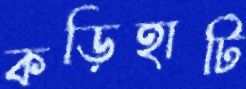
কড়িহাটি